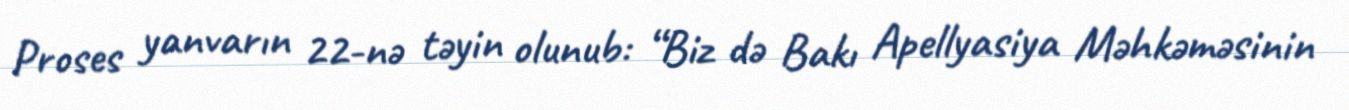
Proses yanvarın 22-nə təyin olunub: “Biz də Bakı Apellyasiya Məhkəməsinin